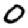
Digit: 0